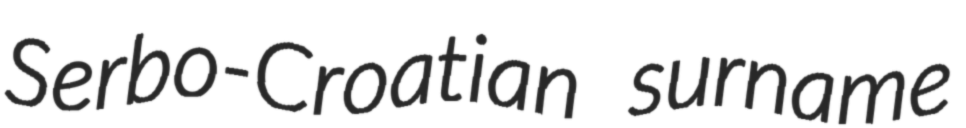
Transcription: Serbo-Croatian surname